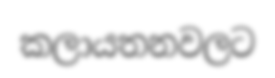
කලායතනවලට